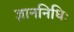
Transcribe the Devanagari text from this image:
ज्ञाननिधिः